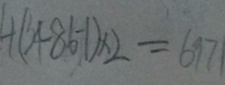
4 ( 3 4 8 6 - 1 ) \times 2 = 6 9 7 1